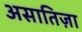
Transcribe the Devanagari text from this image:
असातिज़ा